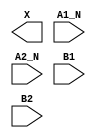
module sky130_fd_sc_hs__o2bb2a (
    X   ,
    A1_N,
    A2_N,
    B1  ,
    B2
);

    output X   ;
    input  A1_N;
    input  A2_N;
    input  B1  ;
    input  B2  ;

    // Voltage supply signals
    supply1 VPWR;
    supply0 VGND;

endmodule